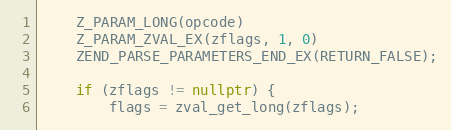
Language: C++
    Z_PARAM_LONG(opcode)
    Z_PARAM_ZVAL_EX(zflags, 1, 0)
    ZEND_PARSE_PARAMETERS_END_EX(RETURN_FALSE);

    if (zflags != nullptr) {
        flags = zval_get_long(zflags);